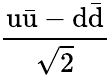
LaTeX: \mathrm{\frac{u{\bar{u}}-d{\bar{d}}}{\sqrt{2}}}